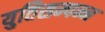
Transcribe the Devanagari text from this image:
युतिसम्पन्न